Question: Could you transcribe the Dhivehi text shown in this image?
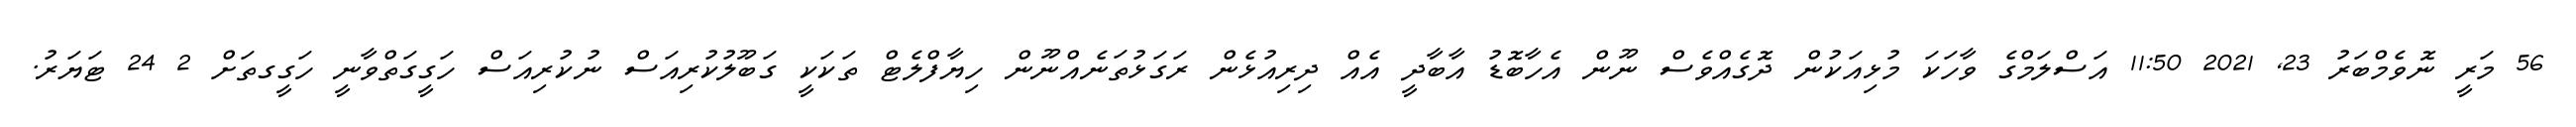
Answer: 56 މަރީ ނޮވެމްބަރު 23, 2021 11:50 އަސްލަމްގެ ވާހަކަ މުޅިއަކުން ދޮގެއްވެސް ނޫން އެހާބޮޑު އާބާދީ އެއް ދިރިއުޅެން ރަގަޅުތަނެއްނޫން ހިޔާފްލެޓް ތަކަކީ ގަބޫލުކުރިއަސް ނުކުރިއަސް ހަގީގަތްވާނީ ހަގީގތަށް 2 24 ޓަޔަރު.